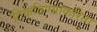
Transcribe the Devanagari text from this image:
टिकविण्याकरिता